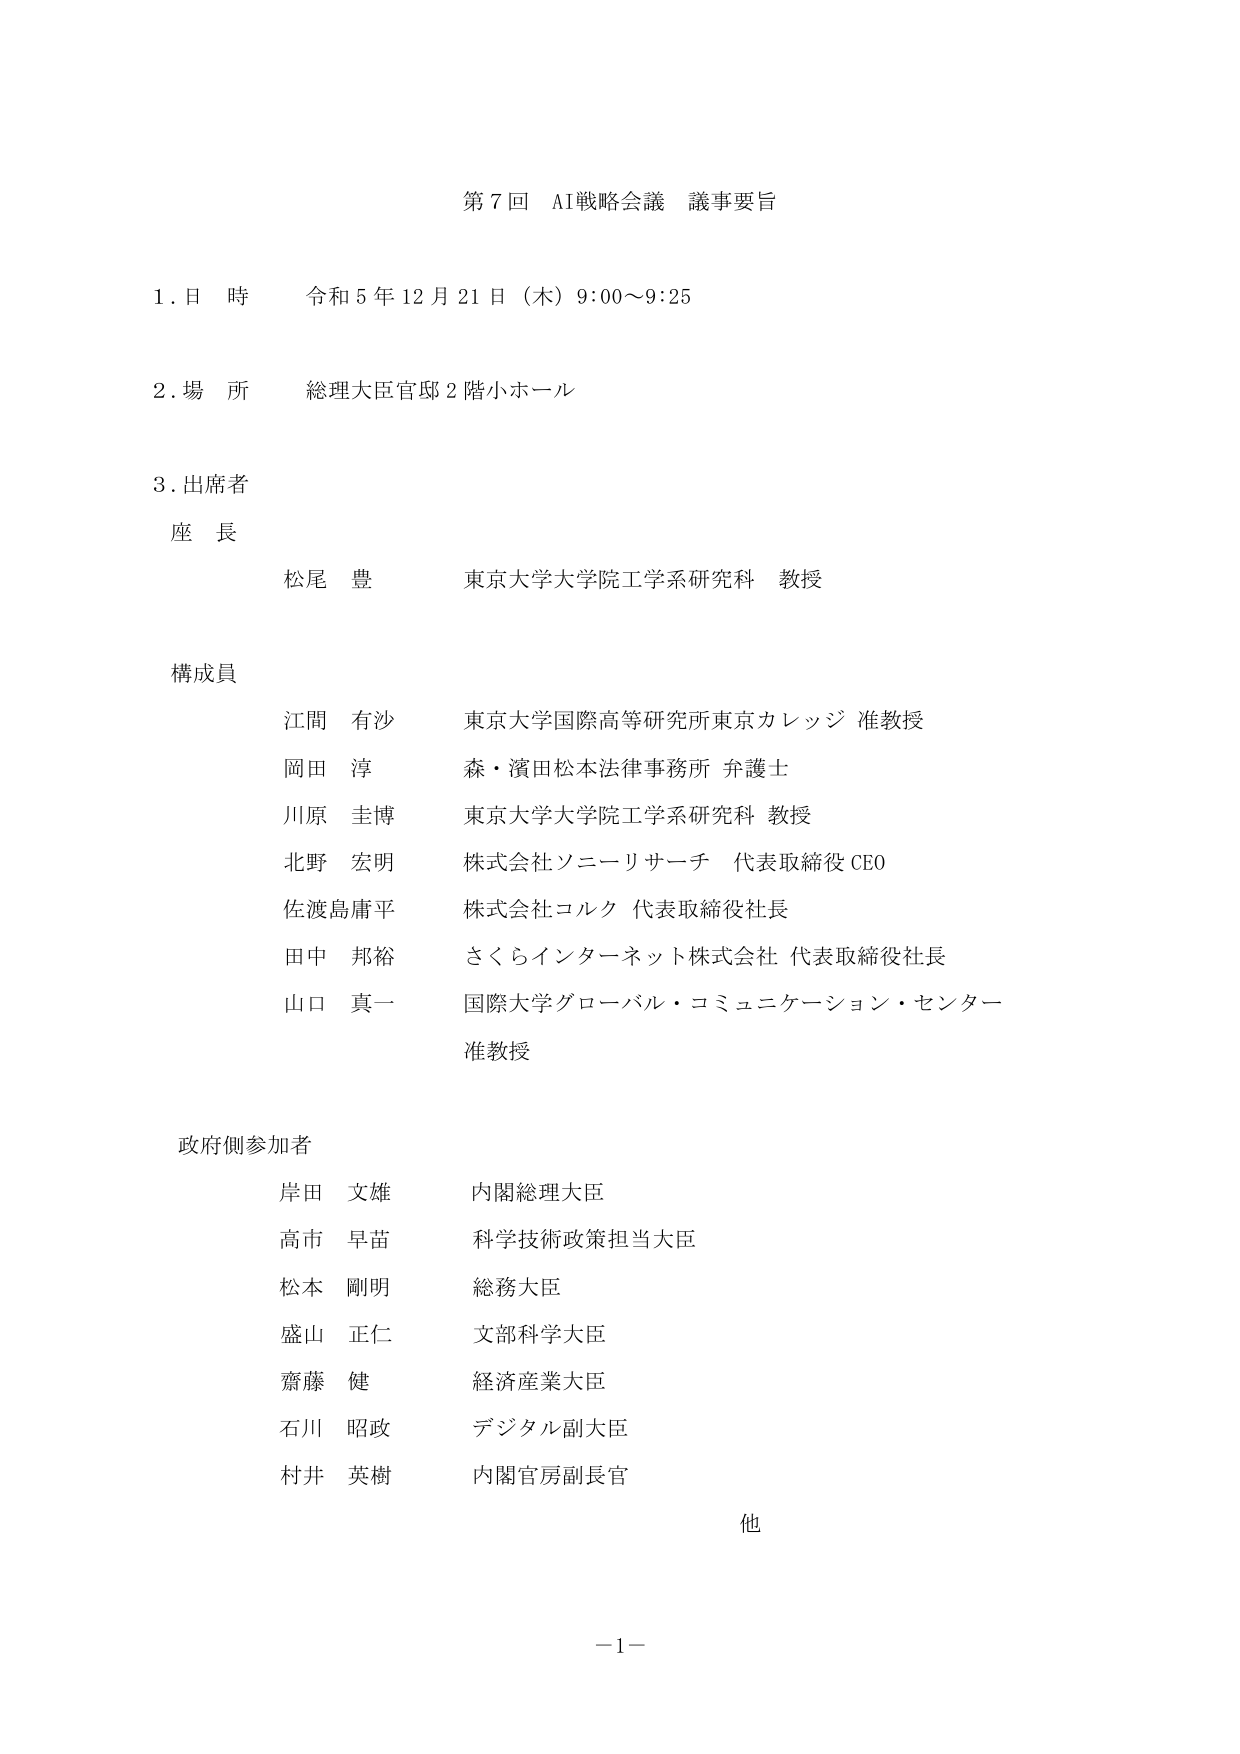
第７回 AI戦略会議 議事要旨

１．日 時 令和５年１２月２１日（木）９：００～９：２５

２．場 所 総理大臣官邸２階小ホール

３．出席者

座 長
松尾 豊 東京大学大学院工学系研究科 教授

構成員
江間 有沙 東京大学国際高等研究所東京カレッジ 准教授
岡田 淳 森・濱田松本法律事務所 弁護士
川原 圭博 東京大学大学院工学系研究科 教授
北野 宏明 株式会社ソニーリサーチ 代表取締役 CEO
佐渡島庸平 株式会社コルク 代表取締役社長
田中 邦裕 さくらインターネット株式会社 代表取締役社長
山口 真一 国際大学グローバル・コミュニケーション・センター 准教授

政府側参加者
岸田 文雄 内閣総理大臣
高市 早苗 科学技術政策担当大臣
松本 剛明 総務大臣
盛山 正仁 文部科学大臣
齋藤 健 経済産業大臣
石川 昭政 デジタル副大臣
村井 英樹 内閣官房副長官
他

－１－